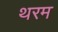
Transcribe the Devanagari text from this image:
थरम